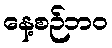
နေ့စဉ်ဘဝ